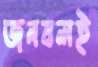
জনবলই